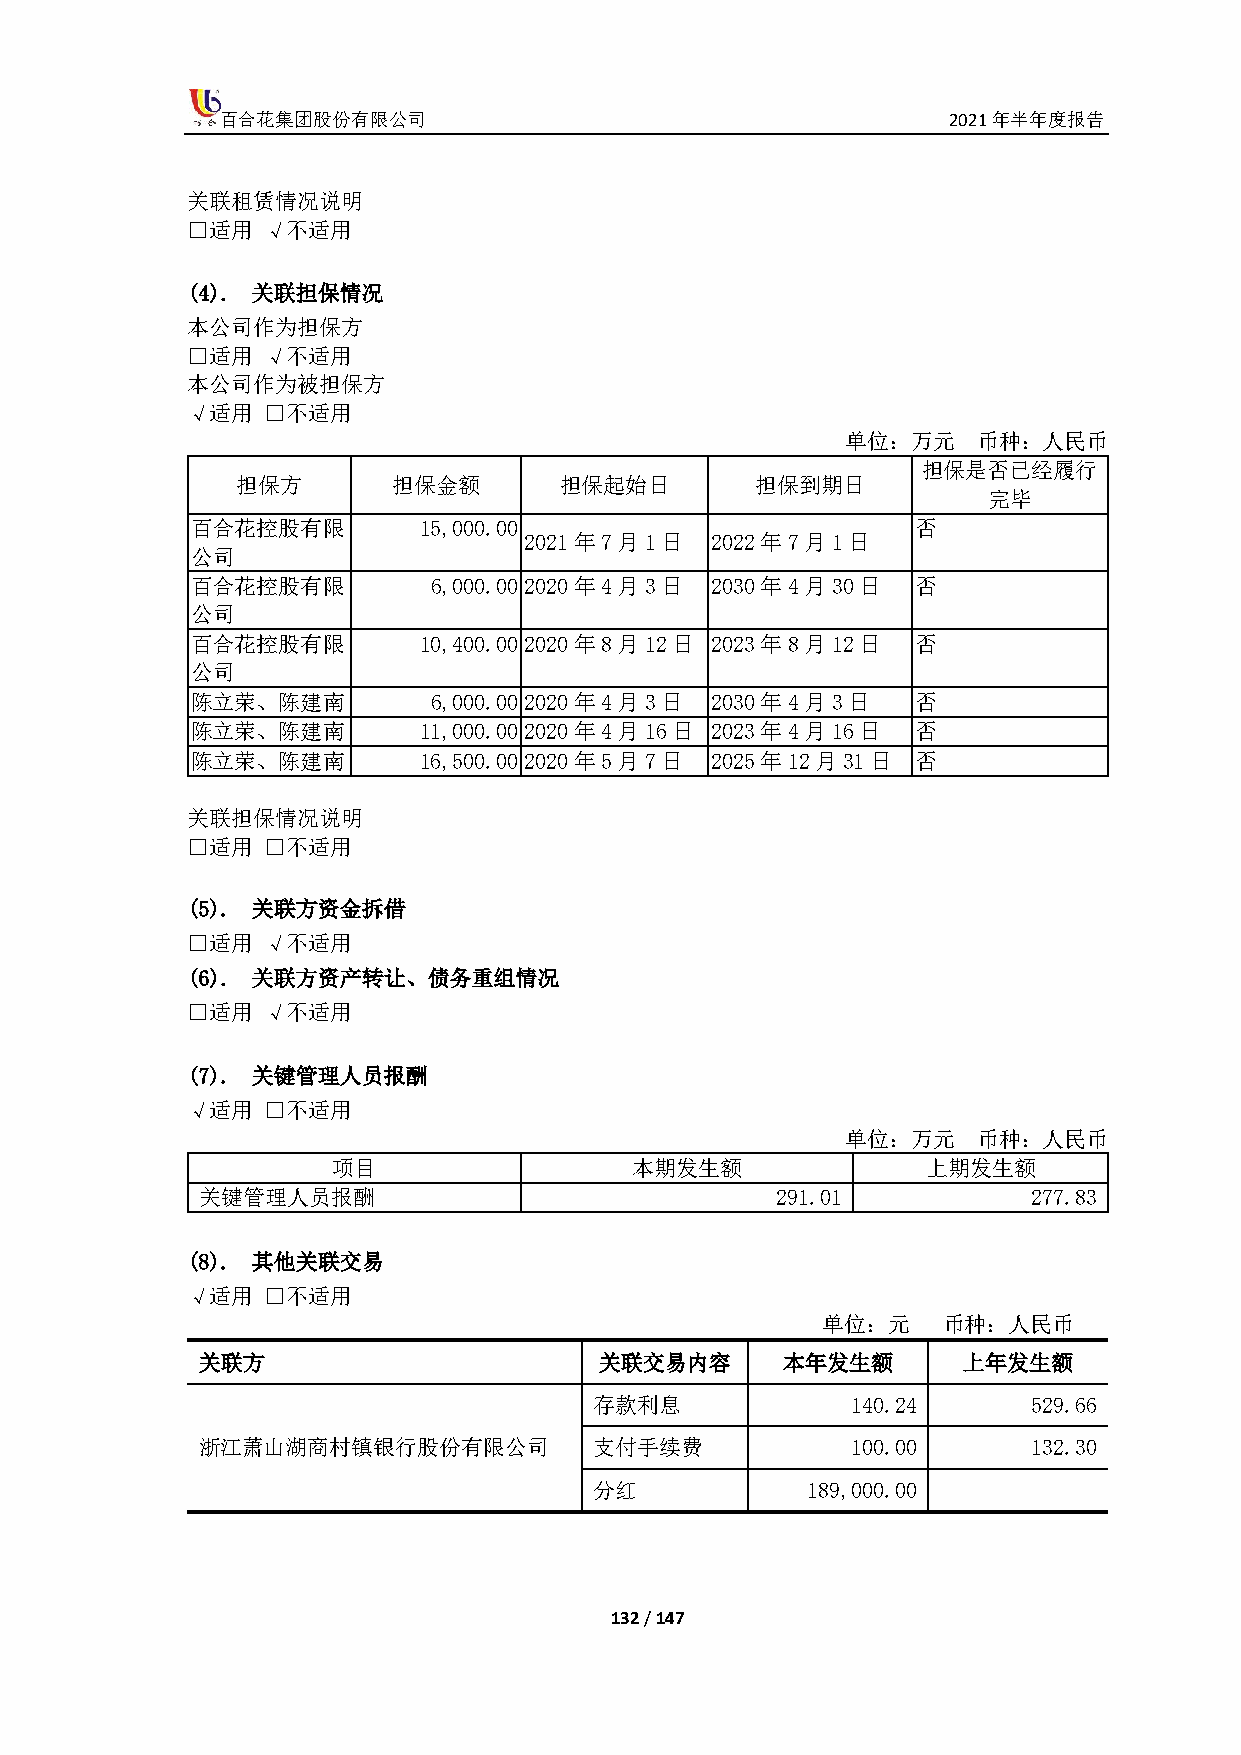
百合花集团股份有限公司                                     2021年半年度报告
 关联租赁情况说明
 □适用  √不适用
 (4). 关联担保情况
 本公司作为担保方
 □适用  √不适用
 本公司作为被担保方
 √适用  □不适用
 单位：万元    币种：人民币
 担保是否已经履行
 担保方       担保金额       担保起始日        担保到期日
 完毕
 百合花控股有限        15,000.00                        否
 2021年7月1日   2022年7月1日
 公司
 百合花控股有限        6,000.00 2020年4月3日 2030年4月30日    否
 公司
 百合花控股有限        10,400.00 2020年8月12日 2023年8月12日  否
 公司
 陈立荣、陈建南        6,000.00 2020年4月3日 2030年4月3日     否
 陈立荣、陈建南        11,000.00 2020年4月16日 2023年4月16日  否
 陈立荣、陈建南        16,500.00 2020年5月7日 2025年12月31日  否
 关联担保情况说明
 □适用  □不适用
 (5). 关联方资金拆借
 □适用  √不适用
 (6). 关联方资产转让、债务重组情况
 □适用  √不适用
 (7). 关键管理人员报酬
 √适用  □不适用
 单位：万元    币种：人民币
 项目                  本期发生额              上期发生额
 关键管理人员报酬                              291.01           277.83
 (8). 其他关联交易
 √适用  □不适用
 单位：元    币种：人民币
 关联方                        关联交易内容      本年发生额       上年发生额
 存款利息             140.24      529.66
 浙江萧山湖商村镇银行股份有限公司          支付手续费            100.00      132.30
 分红            189,000.00
 132 / 147